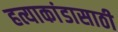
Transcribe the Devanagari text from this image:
हत्याकांडासाठी